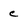
Character: c